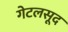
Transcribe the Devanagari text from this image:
गेटलसूद